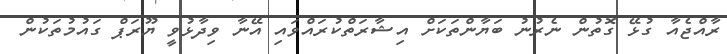
ރާއްޖެއާ ގުޅޭ ގޮތުން ނެރުނު ބަޔާންތަކަށް އިޝާރަތްކުރައްވައި އޭނާ ވިދާޅުވީ ޔޫރަޕް ގައުމުތަކުން